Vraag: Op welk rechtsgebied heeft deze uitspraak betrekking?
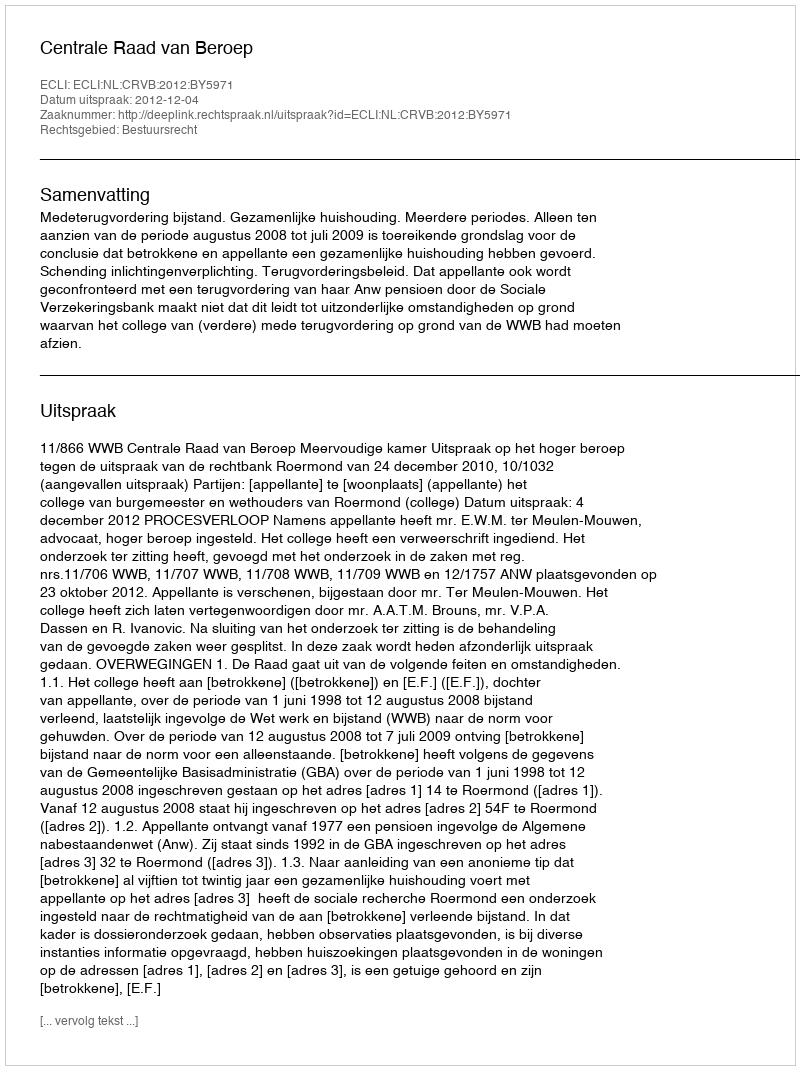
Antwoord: Bestuursrecht